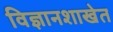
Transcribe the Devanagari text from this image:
विज्ञानशाखेत